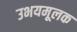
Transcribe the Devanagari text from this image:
उभयमूलक